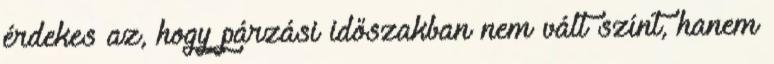
érdekes az, hogy párzási időszakban nem vált színt, hanem